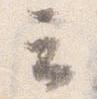
云